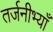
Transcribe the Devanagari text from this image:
तर्जनीभ्याँ